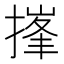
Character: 𪮘